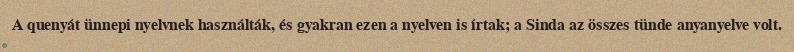
A quenyát ünnepi nyelvnek használták, és gyakran ezen a nyelven is írtak; a Sinda az összes tünde anyanyelve volt.